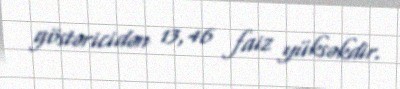
göstəricidən 13,46 faiz yüksəkdir.